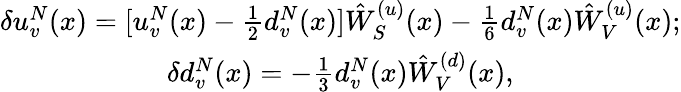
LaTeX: \begin{array}{clcr}{{\delta u_{v}^{N}(x)=[u_{v}^{N}(x)-\frac{1}{2}d_{v}^{N}(x)]\hat{W}_{S}^{(u)}(x)-\frac{1}{6}d_{v}^{N}(x)\hat{W}_{V}^{(u)}(x);}}\\ {{\delta d_{v}^{N}(x)=-\frac{1}{3}d_{v}^{N}(x)\hat{W}_{V}^{(d)}(x),}}\end{array}